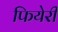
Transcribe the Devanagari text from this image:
फियेरी